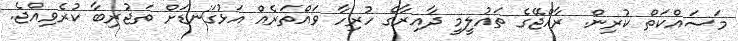
މަސައްކަތް ކުރިން. ރާއްޖޭގެ ތައުލީމީ ދާއިރާގެ ހުރިހާ ވައްތަރެއް އަޅުގަނޑަށް ތަޖުރިބާ ކުރެވިއްޖެ.